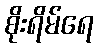
စိုးရိမ်ရေ